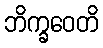
ဘိက္ခဝေတိ